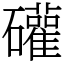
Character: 礶